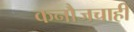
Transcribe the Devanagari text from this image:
कनौजचाही